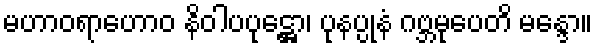
မဟာဝရာဟောဝ နိဝါပပုဋ္ဌော၊ ပုနပ္ပုနံ ဂဗ္ဘမုပေတိ မန္ဒော။